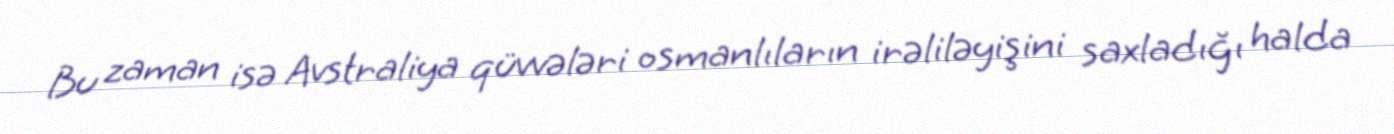
Bu zaman isə Avstraliya qüvvələri osmanlıların irəliləyişini saxladığı halda